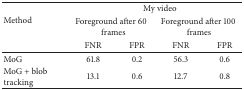
<table><thead><tr><td rowspan="3"><b>Method</b></td><td colspan="4"><b>My video</b></td></tr><tr><td colspan="2"><b>Foreground after 60frames</b></td><td colspan="2"><b>Foreground after 100frames</b></td></tr><tr><td><b>FNR</b></td><td><b>FPR</b></td><td><b>FNR</b></td><td><b>FPR</b></td></tr></thead><tbody><tr><td>MoG</td><td>61.8</td><td>0.2</td><td>56.3</td><td>0.6</td></tr><tr><td>MoG + blob tracking</td><td>13.1</td><td>0.6</td><td>12.7</td><td>0.8</td></tr></tbody></table>